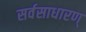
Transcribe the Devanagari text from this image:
सर्वसाधारण्